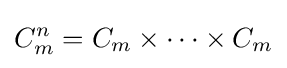
C_{m}^{n}=C_{m}\times \cdots \times C_{m}